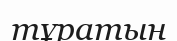
тұратын